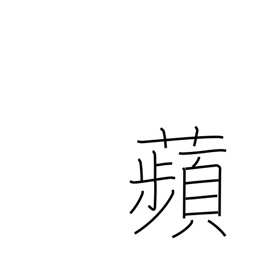
Meaning: duckweed